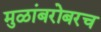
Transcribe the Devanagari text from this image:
मुळांबरोबरच